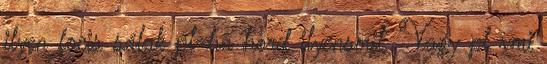
ilyen focis sálak pl-ha hord ilyensmit. Vagy pl vmi